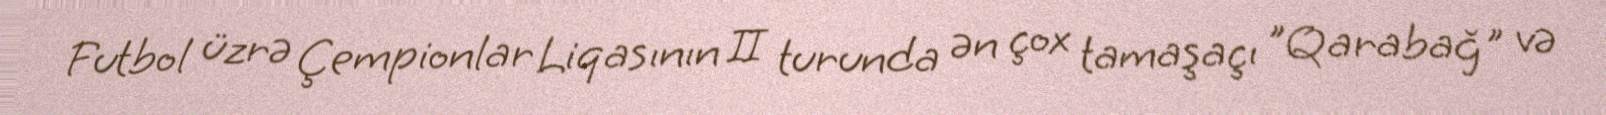
Futbol üzrə Çempionlar Liqasının II turunda ən çox tamaşaçı "Qarabağ" və